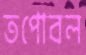
তপোবল